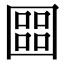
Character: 𡈨